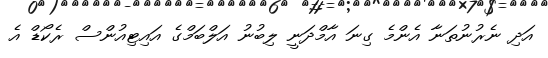
އަދި ނެރުނުތަނާ އެންމެ ގިނަ އާމްދަނީ ލިބުނު އަލްބަމްގެ އައިޓިއުންސް ރެކޯޑް އެ